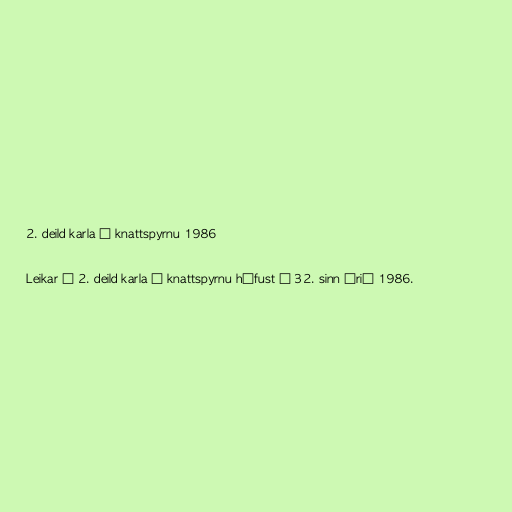
2. deild karla í knattspyrnu 1986

Leikar í 2. deild karla í knattspyrnu hófust í 32. sinn árið 1986.